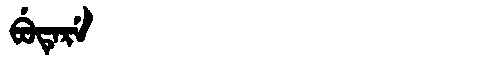
Manchu: ᠪᡠᡨᡝᡵᡝ
Romanization: BUTERE